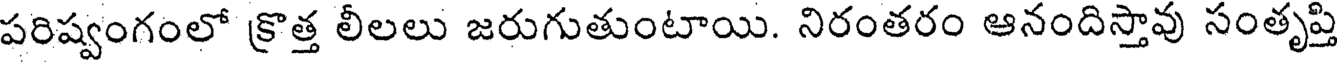
పరిష్వంగంలో క్రొత్త లీలలు జరుగుతుంటాయి. నిరంతరం ఆనందిస్తావు సంతృప్తి